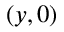
( y , 0 )